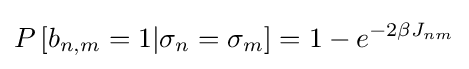
P\left[b_{n,m}=1|\sigma _{n}=\sigma _{m}\right]=1-e^{-2\beta J_{nm}}